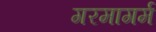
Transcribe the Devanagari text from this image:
गरमागर्म